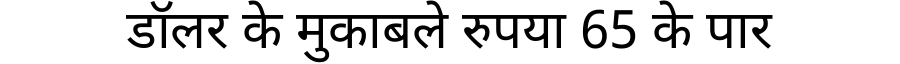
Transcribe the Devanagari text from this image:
डॉलर के मुकाबले रुपया 65 के पार